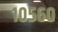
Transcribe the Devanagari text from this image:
१०५६०